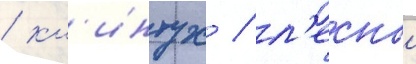
/ кл'интух / л'еснои